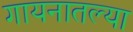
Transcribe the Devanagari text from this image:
गायनातल्या